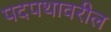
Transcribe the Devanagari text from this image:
पदपथावरील